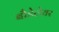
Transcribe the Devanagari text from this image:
बौडेलेयर